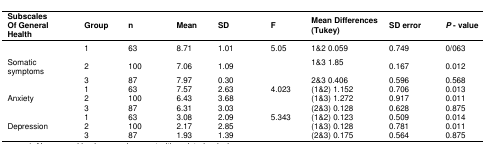
<table><thead><tr><td><b>SubscalesOf General Health</b></td><td><b>Group</b></td><td><b>n</b></td><td><b>Mean</b></td><td><b>SD</b></td><td><b>F</b></td><td><b>Mean Differences (Tukey)</b></td><td><b>SD error</b></td><td><b><i>P </i>-value</b></td></tr></thead><tbody><tr><td></td><td>1</td><td>63</td><td>8.71</td><td>1.01</td><td>5.05</td><td>1&amp;2 0.059 </td><td>0.749</td><td>0/063</td></tr><tr><td>Somatic symptoms</td><td>2</td><td>100</td><td>7.06</td><td>1.09</td><td></td><td>1&amp;3 1.85 </td><td>0.167</td><td>0.012</td></tr><tr><td></td><td>3</td><td>87</td><td>7.97</td><td>0.30</td><td></td><td>2&amp;3 0.406 </td><td>0.596</td><td>0.568</td></tr><tr><td></td><td>1</td><td>63</td><td>7.57</td><td>2.63</td><td>4.023</td><td>(1&amp;2) 1.152</td><td>0.706</td><td>0.013</td></tr><tr><td>Anxiety</td><td>2</td><td>100</td><td>6.43</td><td>3.68</td><td></td><td>(1&amp;3) 1.272</td><td>0.917</td><td>0.011</td></tr><tr><td></td><td>3</td><td>87</td><td>6.31</td><td>3.03</td><td></td><td>(2&amp;3) 0.128</td><td>0.628</td><td>0.875</td></tr><tr><td></td><td>1</td><td>63</td><td>3.08</td><td>2.09</td><td>5.343</td><td>(1&amp;2) 0.123</td><td>0.509</td><td>0.014</td></tr><tr><td>Depression</td><td>2</td><td>100</td><td>2.17</td><td>2.85</td><td></td><td>(1&amp;3) 0.128</td><td>0.781</td><td>0.011</td></tr><tr><td></td><td>3</td><td>87</td><td>1.93</td><td>1.39</td><td></td><td>(2&amp;3) 0.175</td><td>0.564</td><td>0.875</td></tr></tbody></table>